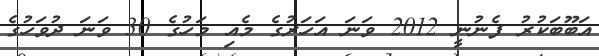
އަބޫބަކުރު ފެނުނީ 2012 ވަނަ އަހަރުގެ މެއި މަހުގެ 30 ވަނަ ދުވަހުގެ